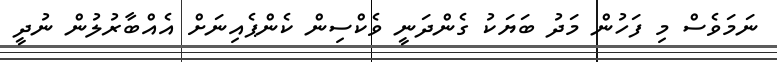
ނަމަވެސް މި ފަހުން މަދު ބަޔަކު ގެންދަނީ ވެކްސިން ކެންޕެއިނަށް އެއްބާރުލުން ނުދީ